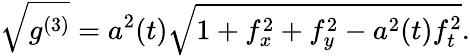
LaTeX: \sqrt{g^{(3)}}={a^{2}(t)}\sqrt{1+f_{x}^{2}+f_{y}^{2}-a^{2}(t)f_{t}^{2}}.